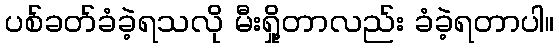
ပစ်ခတ်ခံခဲ့ရသလို မီးရှို့တာလည်း ခံခဲ့ရတာပါ။